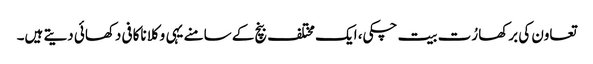
تعاون کی برکھا رُت بیت چکی، ایک مختلف بنچ کے سامنے یہی وکلا ناکافی دکھائی دیتے ہیں۔